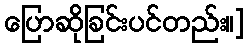
ပြောဆိုခြင်းပင်တည်း။]